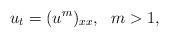
LaTeX: \begin{align*} u_t = (u^m)_{xx},~~m>1,\end{align*}